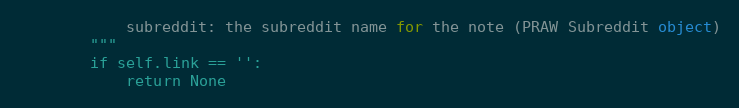
Language: Python
            subreddit: the subreddit name for the note (PRAW Subreddit object)
        """
        if self.link == '':
            return None